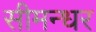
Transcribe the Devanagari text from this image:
सीमन्धर